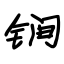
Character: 锏